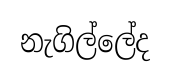
නැගිල්ලේද